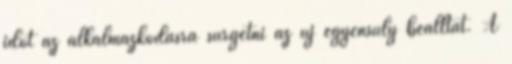
időt az alkalmazkodásra sürgetni az új egyensúly beálltát. A